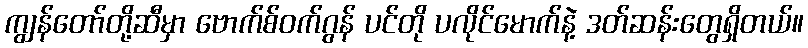
ကျွန်တော်တို့ဆီမှာ ဗောက်စ်ဝက်ဂွန် ပင်တို ပလိုင်မောက်နဲ့ ဒတ်ဆန်းတွေရှိတယ်။